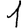
Digit: 1